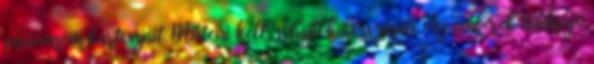
páciemsem kartonjait. Műteni kell, sóhajtok hosszasan. Az emberek többsége